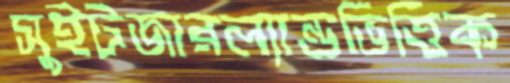
সুইটজারল্যান্ডভিত্তিক